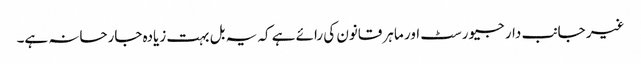
غیر جانب دار جیورسٹ اور ماہر قانون کی رائے ہے کہ یہ بل بہت زیادہ جارحانہ ہے۔